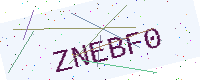
Text: ZNEBF0